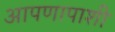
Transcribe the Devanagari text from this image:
आपणापाशी